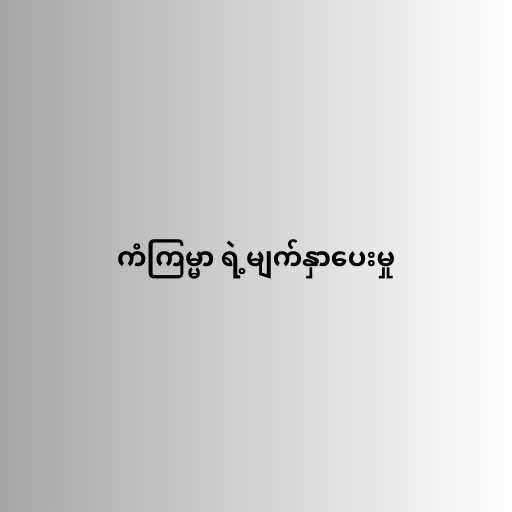
ကံကြမ္မာ ရဲ့မျက်နှာပေးမှု